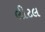
લીટલ